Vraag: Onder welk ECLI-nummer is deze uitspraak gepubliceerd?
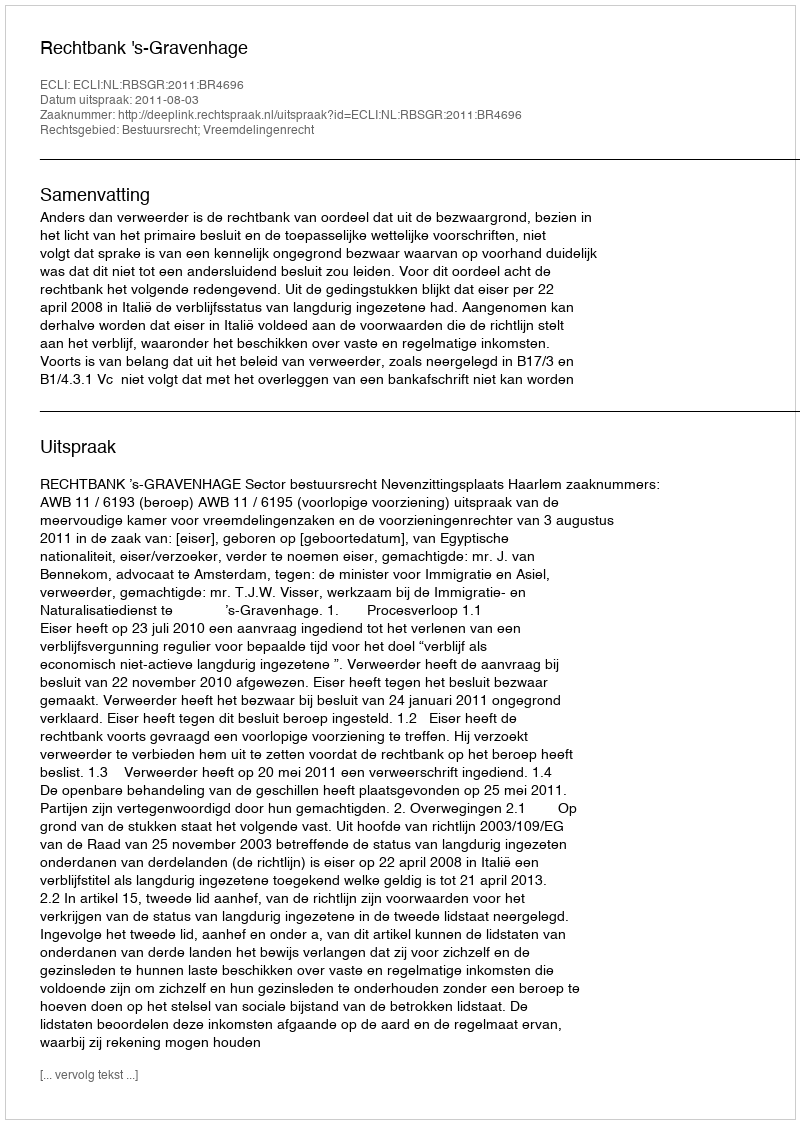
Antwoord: ECLI:NL:RBSGR:2011:BR4696